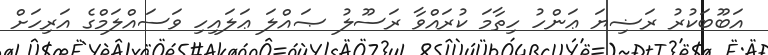
އަބޫބަކުރު ރަޟިޔަ ޢަންހު ހިތާމަ ކުރައްވާ ރަސޫލު ޞައްލަ ޢަލައިހި ވަސައްލަމްގެ އަރިހަށް